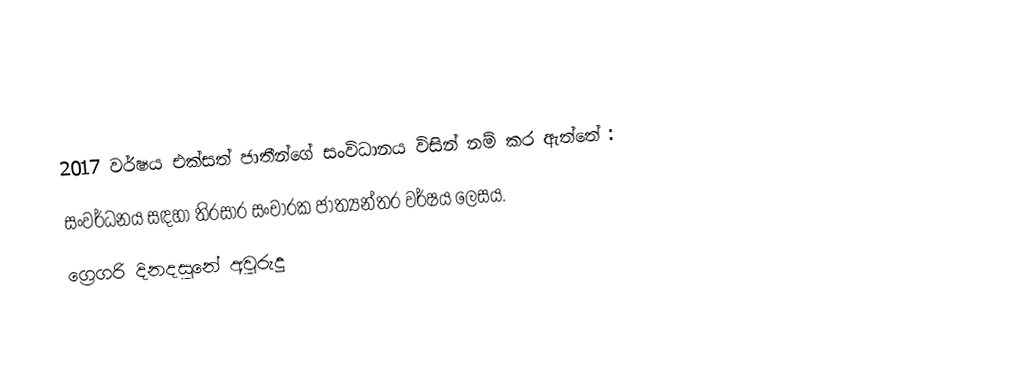

2017 වර්ෂය එක්සත් ජාතීන්ගේ සංවිධානය විසින් නම් කර  ඇත්තේ :
සංවර්ධනය සඳහා තිරසාර සංචාරක ජාත්‍යන්තර වර්ෂය ලෙසය.
ග්‍රෙගරි දිනදසුනේ අවුරුදු